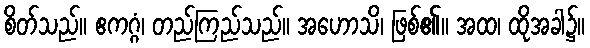
စိတ်သည်။ ဧကဂ္ဂံ၊ တည်ကြည်သည်။ အဟောသိ၊ ဖြစ်၏။ အထ၊ ထိုအခါ၌။